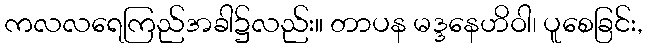
ကလလရေကြည်အခါ၌လည်း။ တာပန မဒ္ဒနေဟိဝါ၊ ပူစေခြင်း,